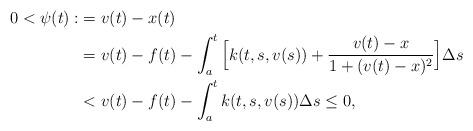
LaTeX: \begin{align*}0< \psi(t):&= v(t)-x(t)\\& = v(t)-f(t)-\int_a^t\Big[k(t,s,v(s))+\displaystyle\frac{v(t)-x}{1+(v(t)-x)^2}\Big]\Delta s\\& < v(t)-f(t)-\int_a^tk(t,s,v(s))\Delta s \leq 0,\end{align*}